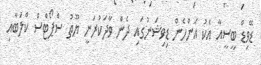
ޑޭވިޑް ބީސީއާ އެކު އަންހެން ޑިވިޝަނުގައި ދެން ވާދަކުރަނީ ޔޫތު ސްޕޯޓްސް ކްލަބާއި